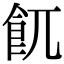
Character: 𩚌